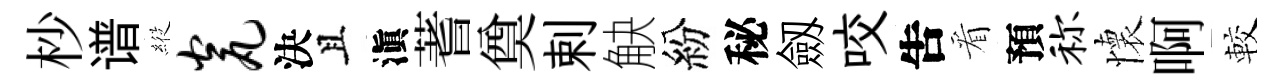
杪谱𦂵瓮決且滇蓍奠剌觖紛秘劔咬吿看預称懷啊較